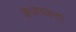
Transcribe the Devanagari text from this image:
झळाळता